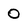
Character: 0